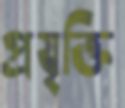
প্রযৃক্তি